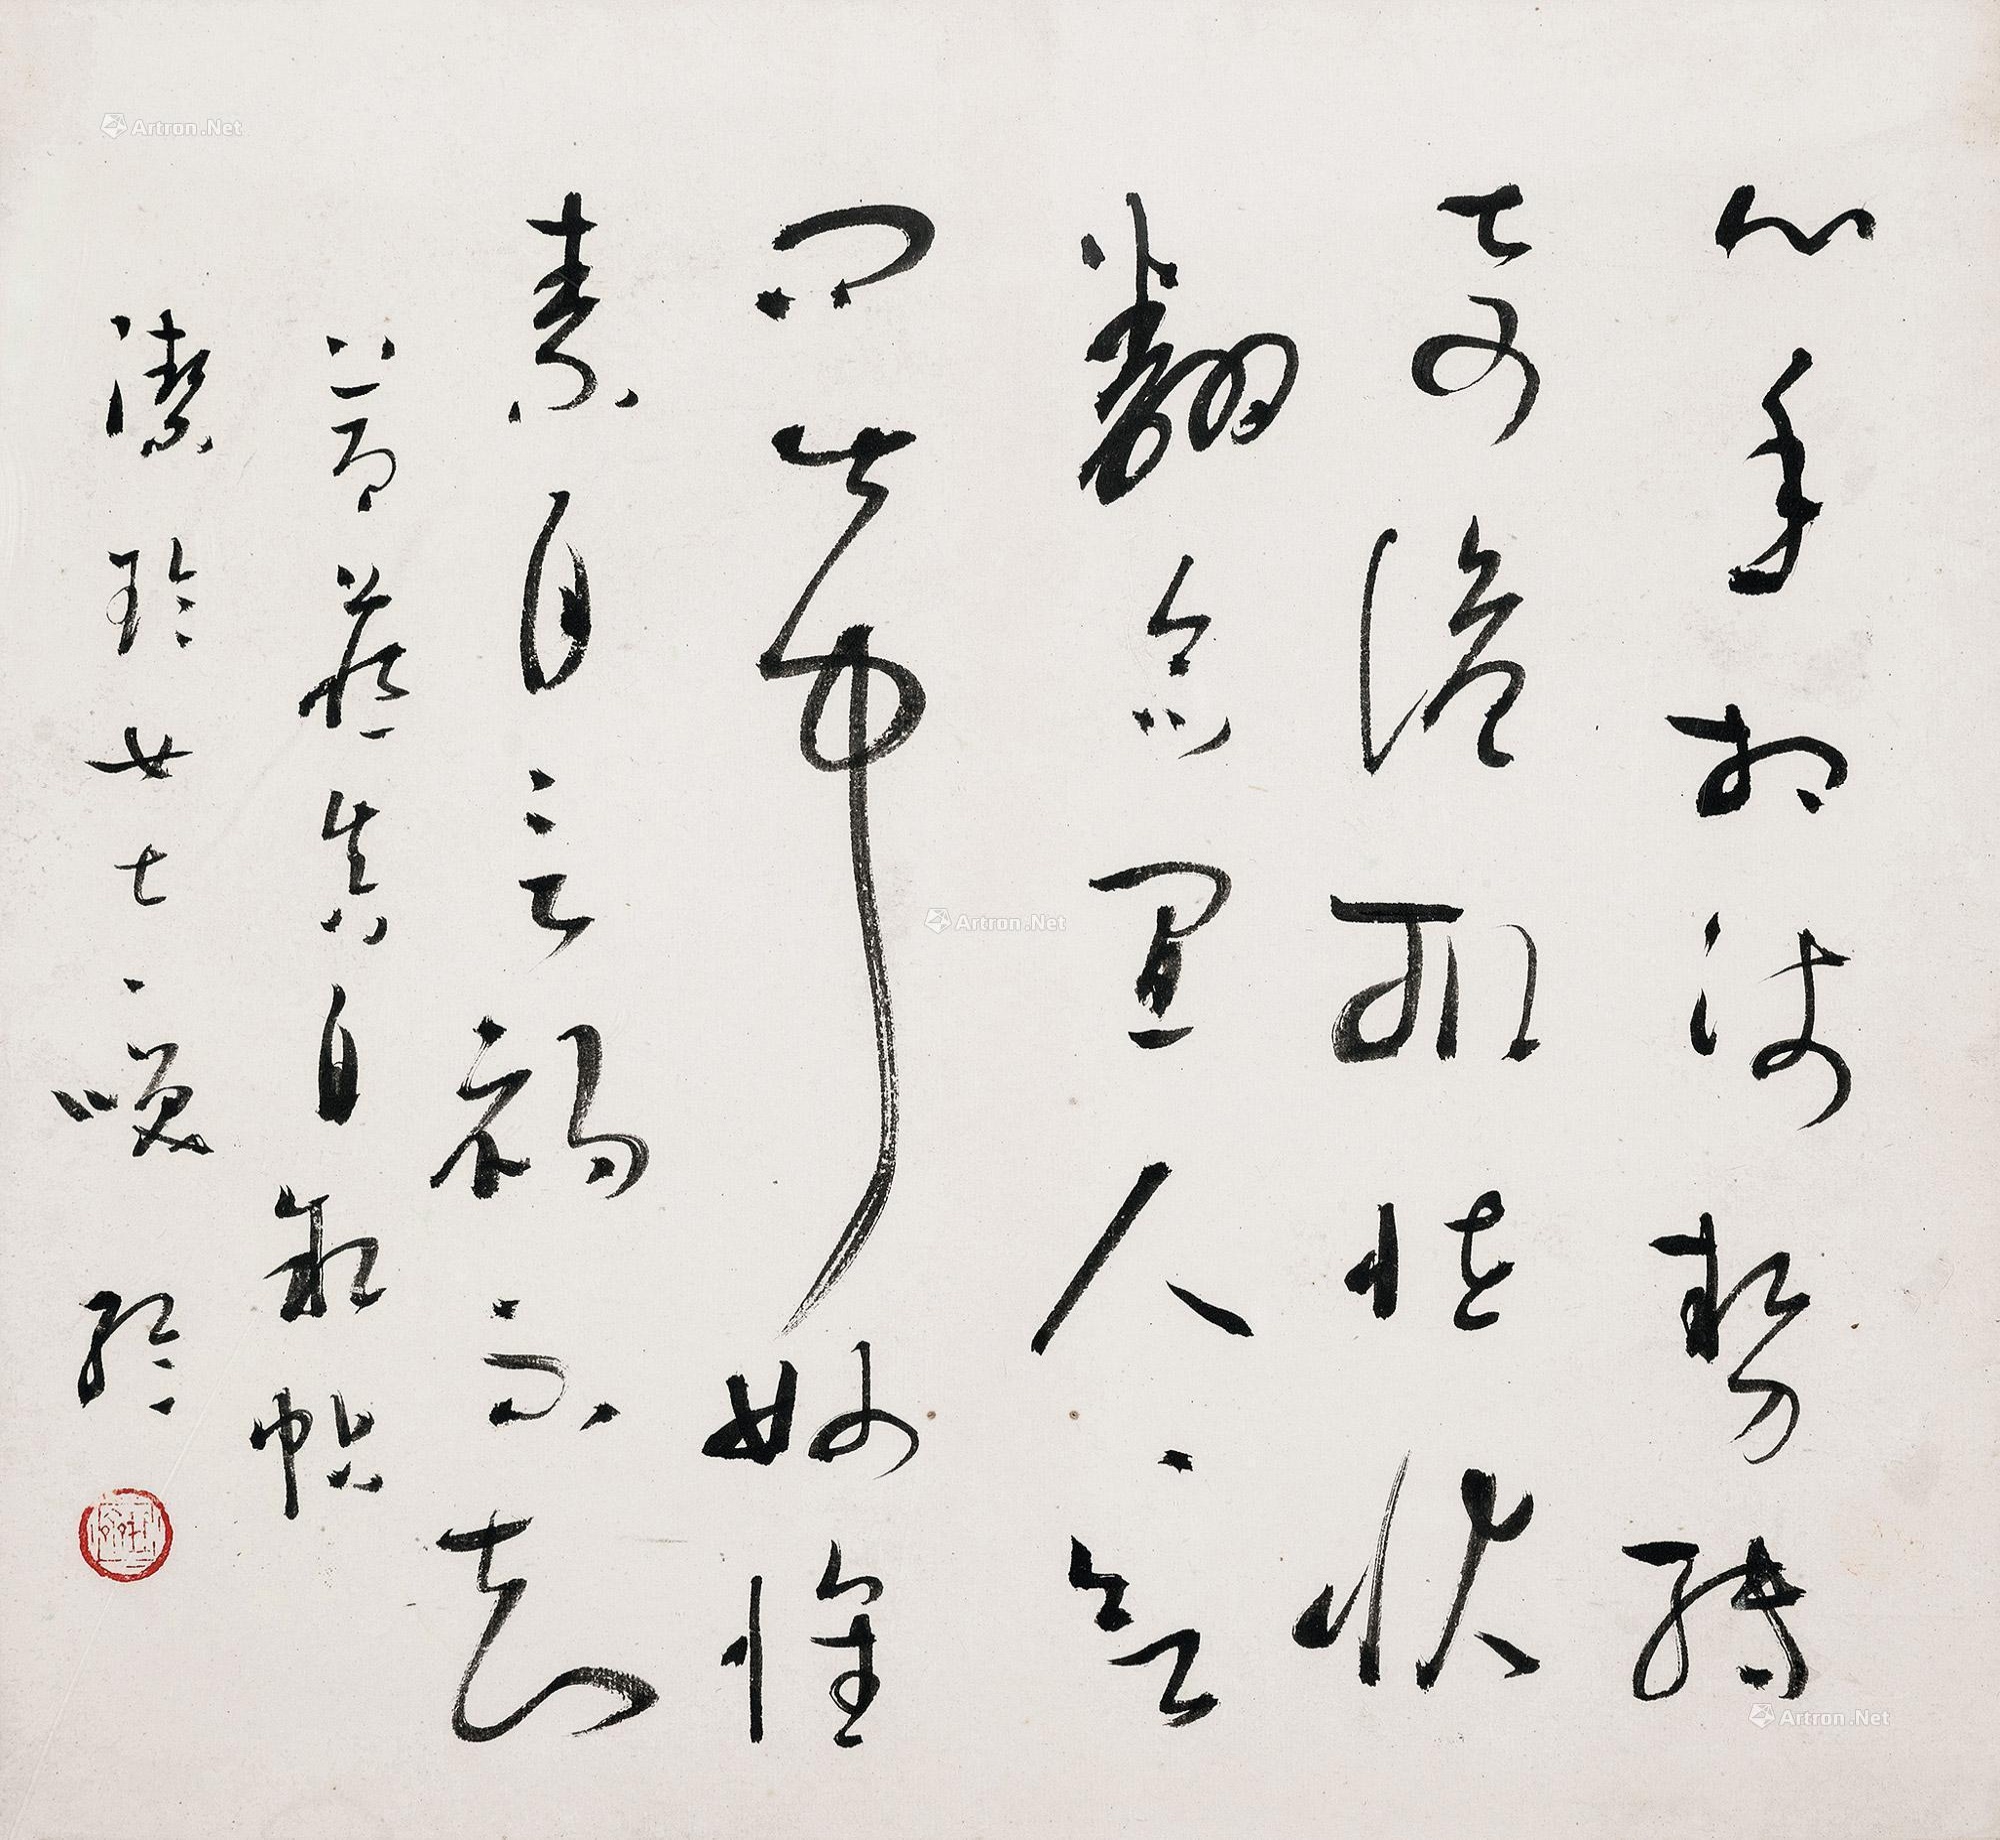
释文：心手相师势转奇，诡形怪状翻合宜。人人欲问此中妙，怀素自言初不知。节藏真《自叙帖》。洁玲女士一笑。纶。